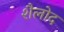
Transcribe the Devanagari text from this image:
शैलोद